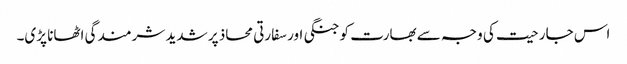
اس جارحیت کی وجہ سے بھارت کو جنگی اور سفارتی محاذ پر شدید شرمندگی اٹھانا پڑی۔